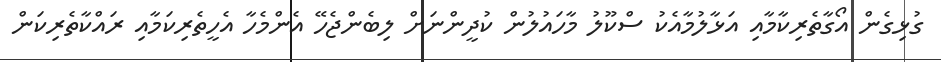
ގުޅިގެން އޯގާތެރިކާމާއި އަޅާލުމާއެކު ސްކޫލު މާހައުލުން ކުދީންނަށް ލިބެންޖެހޭ އެންމެހާ އެހީތެރިކަމާއި ރައްކާތެރިކަން